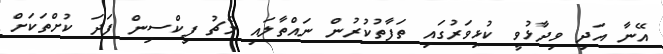
އޭނާ އަދި ވިދާޅުވީ ކުޅިވަރުގައި ތަފާތުކުރުން ނައްތާލައި މެޗު ފިކްސިން ފަދަ ކުށްތަކަށް